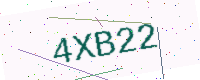
Text: 4XB22